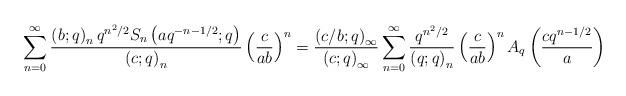
LaTeX: \begin{align*}\sum_{n=0}^{\infty}\frac{\left(b;q\right)_{n}q^{n^{2}/2}S_{n}\left(aq^{-n-1/2};q\right)}{\left(c;q\right)_{n}}\left(\frac{c}{ab}\right)^{n}=\frac{\left(c/b;q\right)_{\infty}}{\left(c;q\right)_{\infty}}\sum_{n=0}^{\infty}\frac{q^{n^{2}/2}}{\left(q;q\right)_{n}}\left(\frac{c}{ab}\right)^{n}A_{q}\left(\frac{cq^{n-1/2}}{a}\right)\end{align*}